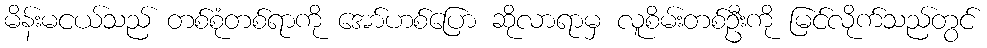
မိန်းမငယ်သည် တစ်စုံတစ်ရာကို အော်ဟစ်ပြော ဆိုလာရာမှ လူစိမ်းတစ်ဦးကို မြင်လိုက်သည်တွင်